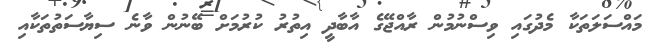
މައްސަލަތަކާ މެދުގައި ވިސްނުމުން ރާއްޖޭގެ އާބާދީ އިތުރު ކުރުމަށް ބޭނުން ވާނެ ސިޔާސަތުތަކާއި